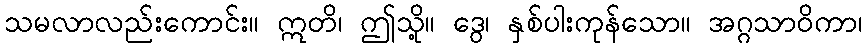
သမလာလည်းကောင်း။ ဣတိ၊ ဤသို့။ ဒွေ၊ နှစ်ပါးကုန်သော။ အဂ္ဂသာဝိကာ၊